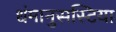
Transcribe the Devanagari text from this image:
धंमानुसस्टिया